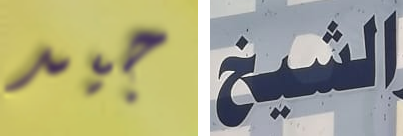
جيد الشيخ